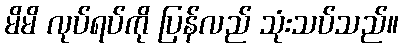
မိမိ လုပ်ရပ်ကို ပြန်လည် သုံးသပ်သည်။